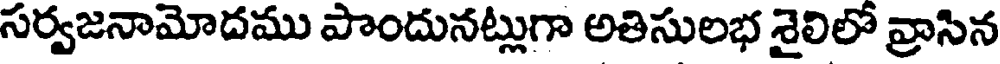
సర్వజనామోదము పొందునట్లుగా అతిసులభ శైలిలో వ్రాసిన